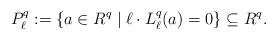
LaTeX: \begin{align*}P^q_{\ell}:=\{a \in R^q \mid \ell \cdot L_\ell^q(a)=0\} \subseteq R^q.\end{align*}